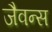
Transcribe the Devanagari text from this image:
जैवन्स